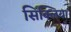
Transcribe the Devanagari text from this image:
सिक्लिया